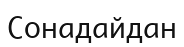
Сонадайдан